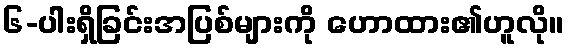
၆-ပါးရှိခြင်းအပြစ်များကို ဟောထား၏ဟူလို။